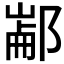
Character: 𰻶